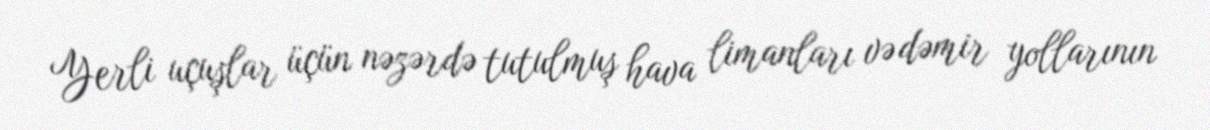
Yerli uçuşlar üçün nəzərdə tutulmuş hava limanları və dəmir yollarının